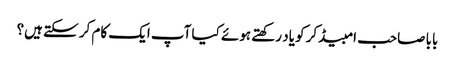
بابا صاحب امبیڈکر کو یاد رکھتے ہوئے کیا آپ ایک کام کر سکتے ہیں؟